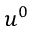
u ^ { 0 }